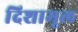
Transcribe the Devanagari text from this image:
दिशामूल